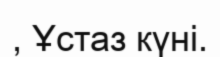
, Ұстаз күні.